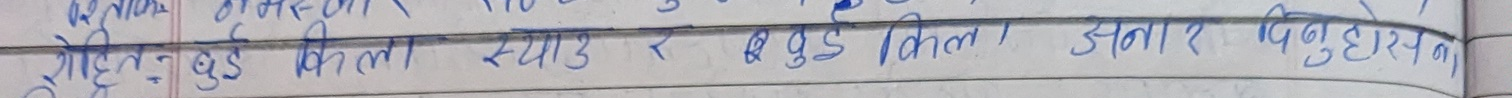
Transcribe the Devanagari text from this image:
गोदेहबुड् किला स्याड रवुङ् किला। अना ? बिनुहाउचन